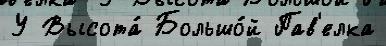
У Высота́ Большо́й Пав'елка